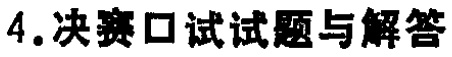
4. 决赛口试试题与解答